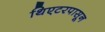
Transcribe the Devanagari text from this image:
थिएटरपासून